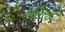
ચીજ